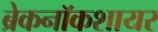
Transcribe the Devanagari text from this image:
ब्रेकनॉकशायर